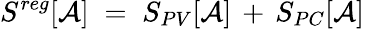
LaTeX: S^{reg}[{\mathcal A}]\; =\; S_{PV}[{\mathcal A}]\, +\, S_{PC}[{\mathcal A}]